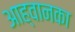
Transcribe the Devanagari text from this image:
आह्वानका